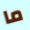
ما